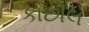
કાછોલ